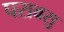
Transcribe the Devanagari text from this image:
परावसु